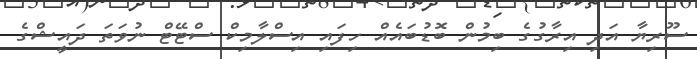
ސޫރިޔާ އަދި އިރާގުގެ ބިމުން ބޮޑުބައެއް ހިފައި އިސްލާމިކް ސްޓޭޓް ނުވަތަ ދައީޝްގެ